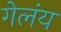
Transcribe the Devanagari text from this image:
गेलंय